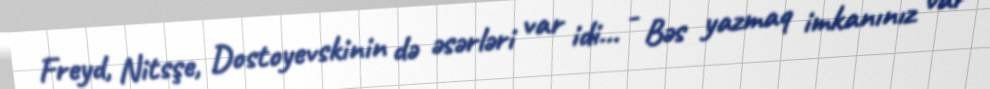
Freyd, Nitsşe, Dostoyevskinin də əsərləri var idi... - Bəs yazmaq imkanınız var